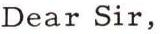
Dear Sir,